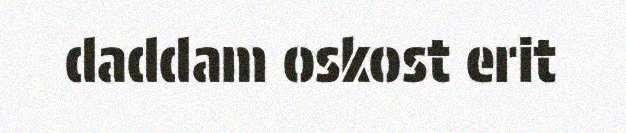
daddam oskost erit